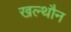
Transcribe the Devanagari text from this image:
खल्थौन